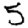
Digit: 5